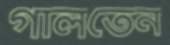
গালতেন